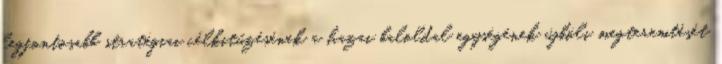
legfontosabb stratégiai célkitűzésének a hazai baloldal egységének újbóli megteremtését